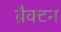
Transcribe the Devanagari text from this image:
ब्रैक्टन